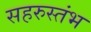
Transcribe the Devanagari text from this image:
सहरुस्तंभ